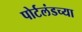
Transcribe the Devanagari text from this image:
पोर्टलंडच्या